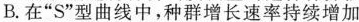
B.在”S”型曲线中，种群增长速率持续增加